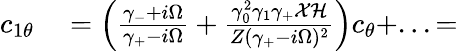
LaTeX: \begin{array}{rl}{c_{1\theta}}&{{}=\left(\frac{\gamma_{-}+i\Omega}{\gamma_{+}-i\Omega}+\frac{\gamma_{0}^{2}\gamma_{1}\gamma_{+}\mathcal{X}\mathcal{H}}{Z(\gamma_{+}-i\Omega)^{2}}\right)c_{\theta}+...=}\end{array}